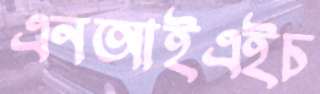
এনআইএইচ